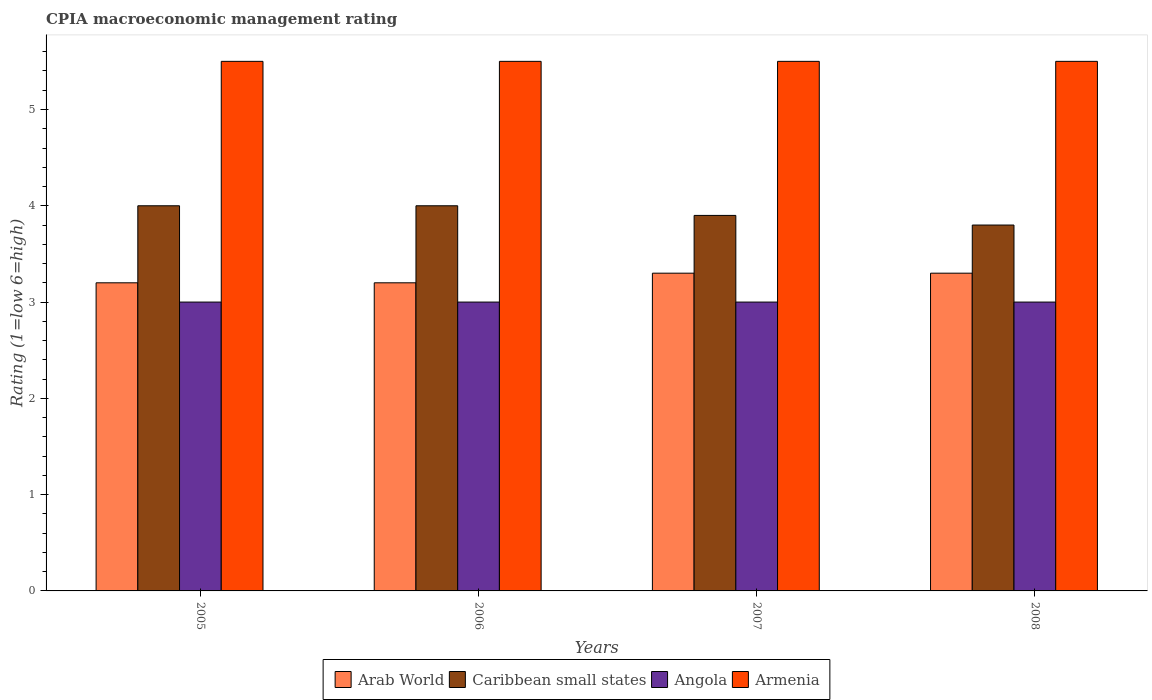
| Years | Arab World | Caribbean small states | Angola | Armenia |
 | --- | --- | --- | --- | --- |
 | 2005 | 3.2 | 4 | 3 | 5.5 |
 | 2006 | 3.2 | 4 | 3 | 5.5 |
 | 2007 | 3.3 | 3.9 | 3 | 5.5 |
 | 2008 | 3.3 | 3.8 | 3 | 5.5 |